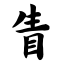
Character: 眚